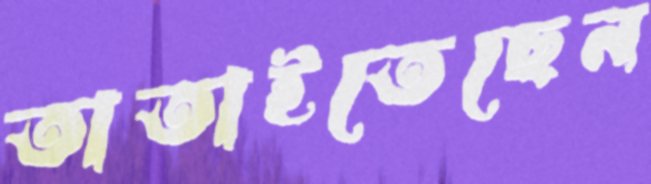
তাতাইতেছেন